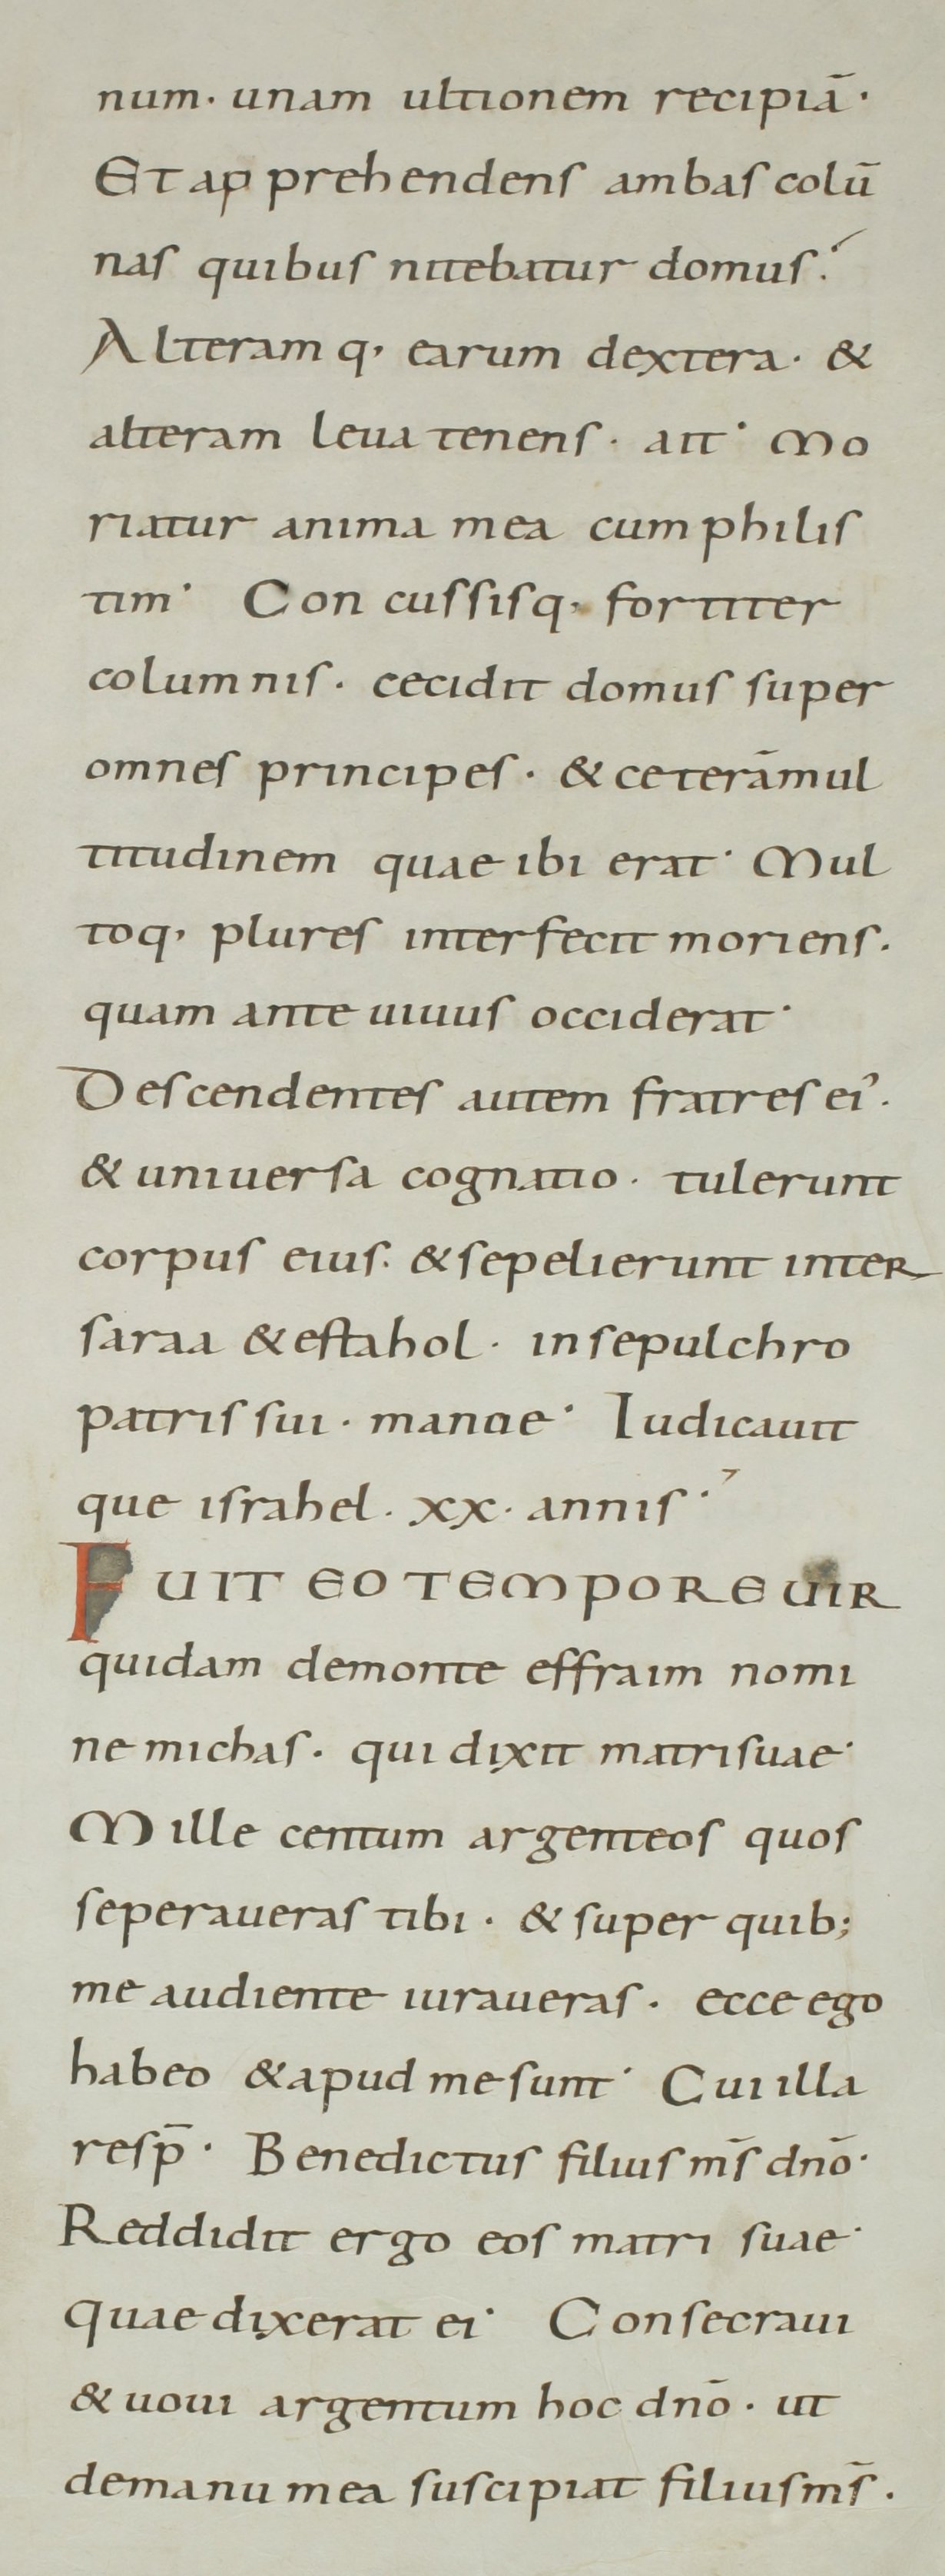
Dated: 800–899